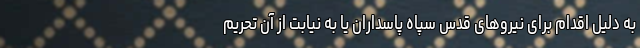
به دلیل اقدام برای نیروهای قدس سپاه پاسداران یا به نیابت از آن تحریم